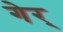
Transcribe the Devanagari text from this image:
गेर्